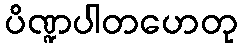
ပိဏ္ဍပါတဟေတု